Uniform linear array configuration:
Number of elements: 12
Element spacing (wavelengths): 0.75
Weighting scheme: blackman
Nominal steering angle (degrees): -15
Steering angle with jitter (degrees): -16.733
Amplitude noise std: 0.05
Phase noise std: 0.05

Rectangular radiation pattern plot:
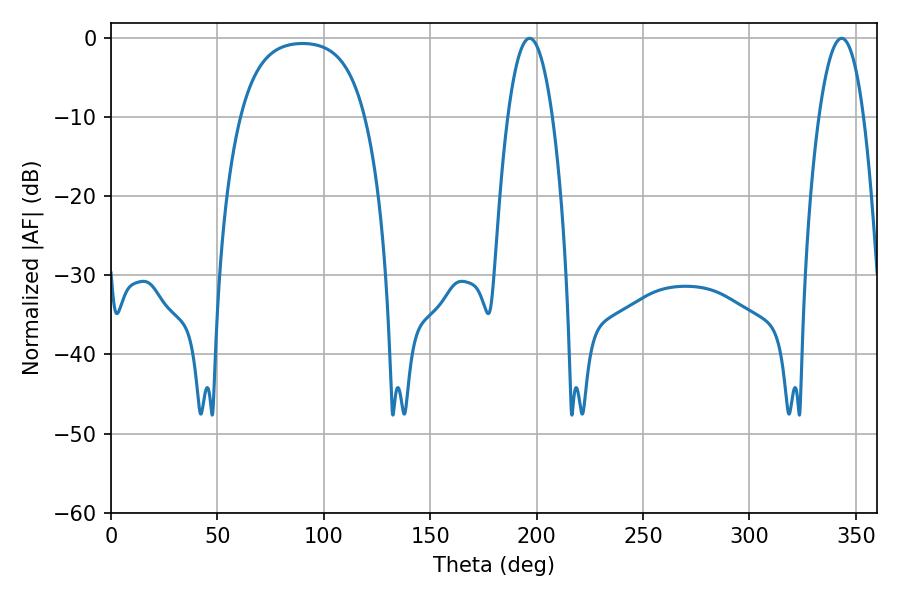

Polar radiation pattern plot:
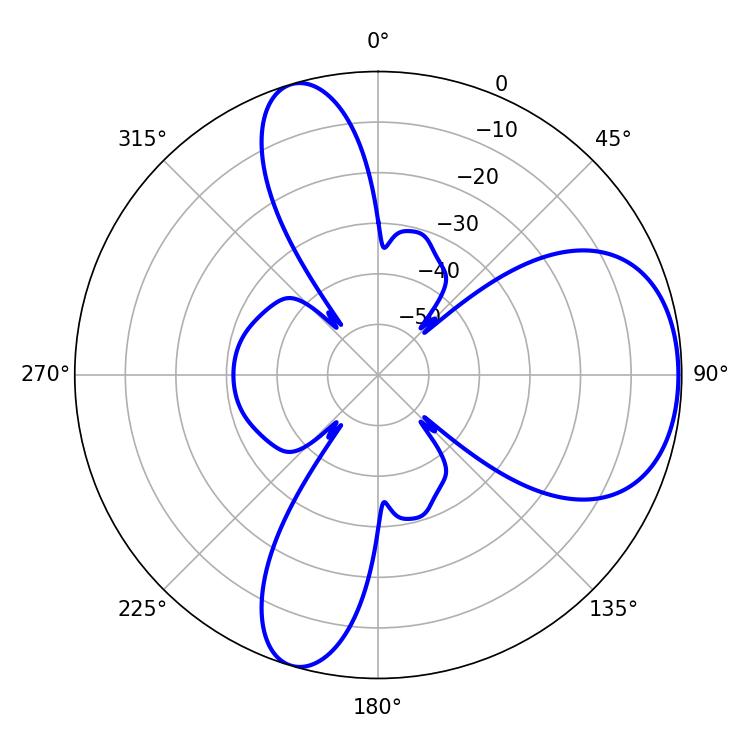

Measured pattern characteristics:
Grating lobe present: TRUE
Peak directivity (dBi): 6.415
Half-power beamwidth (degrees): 11.52
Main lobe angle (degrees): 196.74